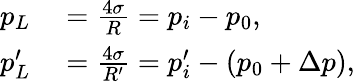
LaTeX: \begin{array}{rl}{p_{L}}&{{}=\frac{4\sigma}{R}=p_{i}-p_{0},}\\ {p_{L}^{\prime}}&{{}=\frac{4\sigma}{R^{\prime}}=p_{i}^{\prime}-(p_{0}+\Delta p),}\end{array}